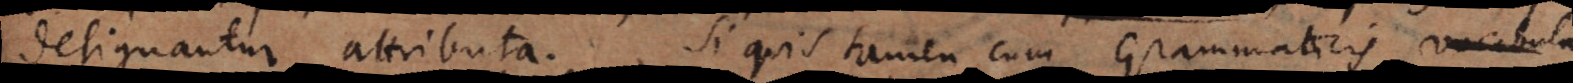
designantur attributa. Si quis tamen cum Grammaticis vocabula